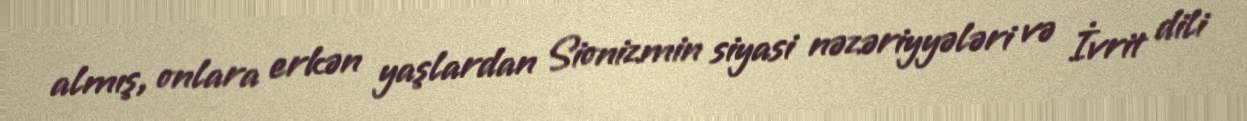
almış, onlara erkən yaşlardan Sionizmin siyasi nəzəriyyələri və İvrit dili